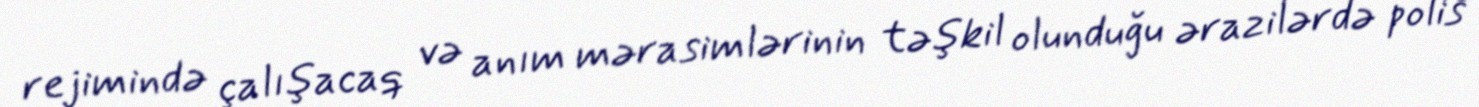
rejimində çalışacaq və anım mərasimlərinin təşkil olunduğu ərazilərdə polis